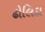
ઢોલિડા